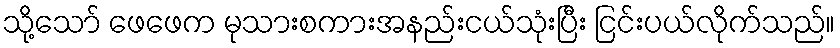
သို့သော် ဖေဖေက မုသားစကားအနည်းငယ်သုံးပြီး ငြင်းပယ်လိုက်သည်။